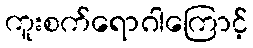
ကူးစက်ရောဂါကြောင့်